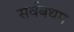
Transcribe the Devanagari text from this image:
सर्वबथम